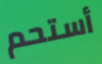
أستحم